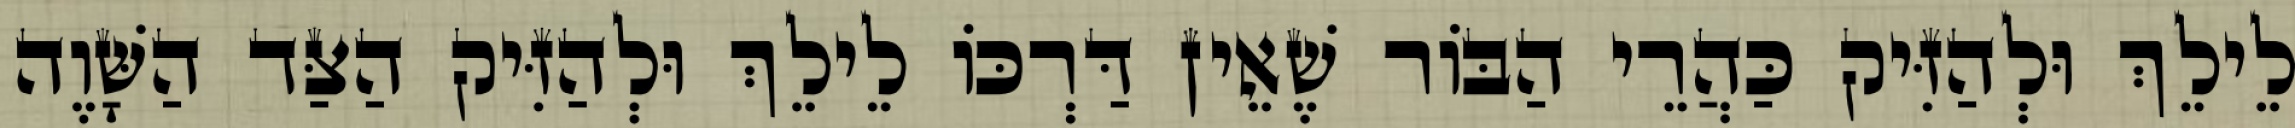
לֵילֵךְ וּלְהַזִּיק כַּהֲרֵי הַבּוֹר שֶׁאֵין דַּרְכּוֹ לֵילֵךְ וּלְהַזִּיק הַצַּד הַשָּׁוֶה